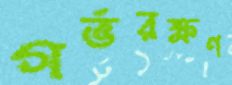
গর্ভরক্ষণ